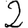
Digit: 2